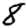
Digit: 8